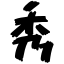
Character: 秀